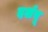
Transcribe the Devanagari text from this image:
दर्शवू